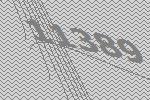
11389